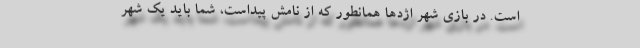
است. در بازی شهر اژدها همانطور که از نامش پیداست، شما باید یک شهر